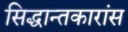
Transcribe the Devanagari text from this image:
सिद्धान्तकारांस